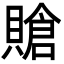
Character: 賶